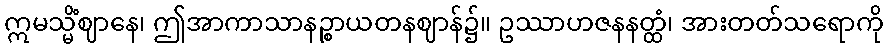
ဣမသ္မိံဈာနေ၊ ဤအာကာသာနဉ္စာယတနဈာန်၌။ ဥဿာဟဇနနတ္ထံ၊ အားတတ်သရောကို